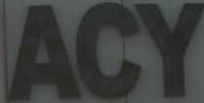
ACY